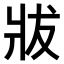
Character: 𤕳